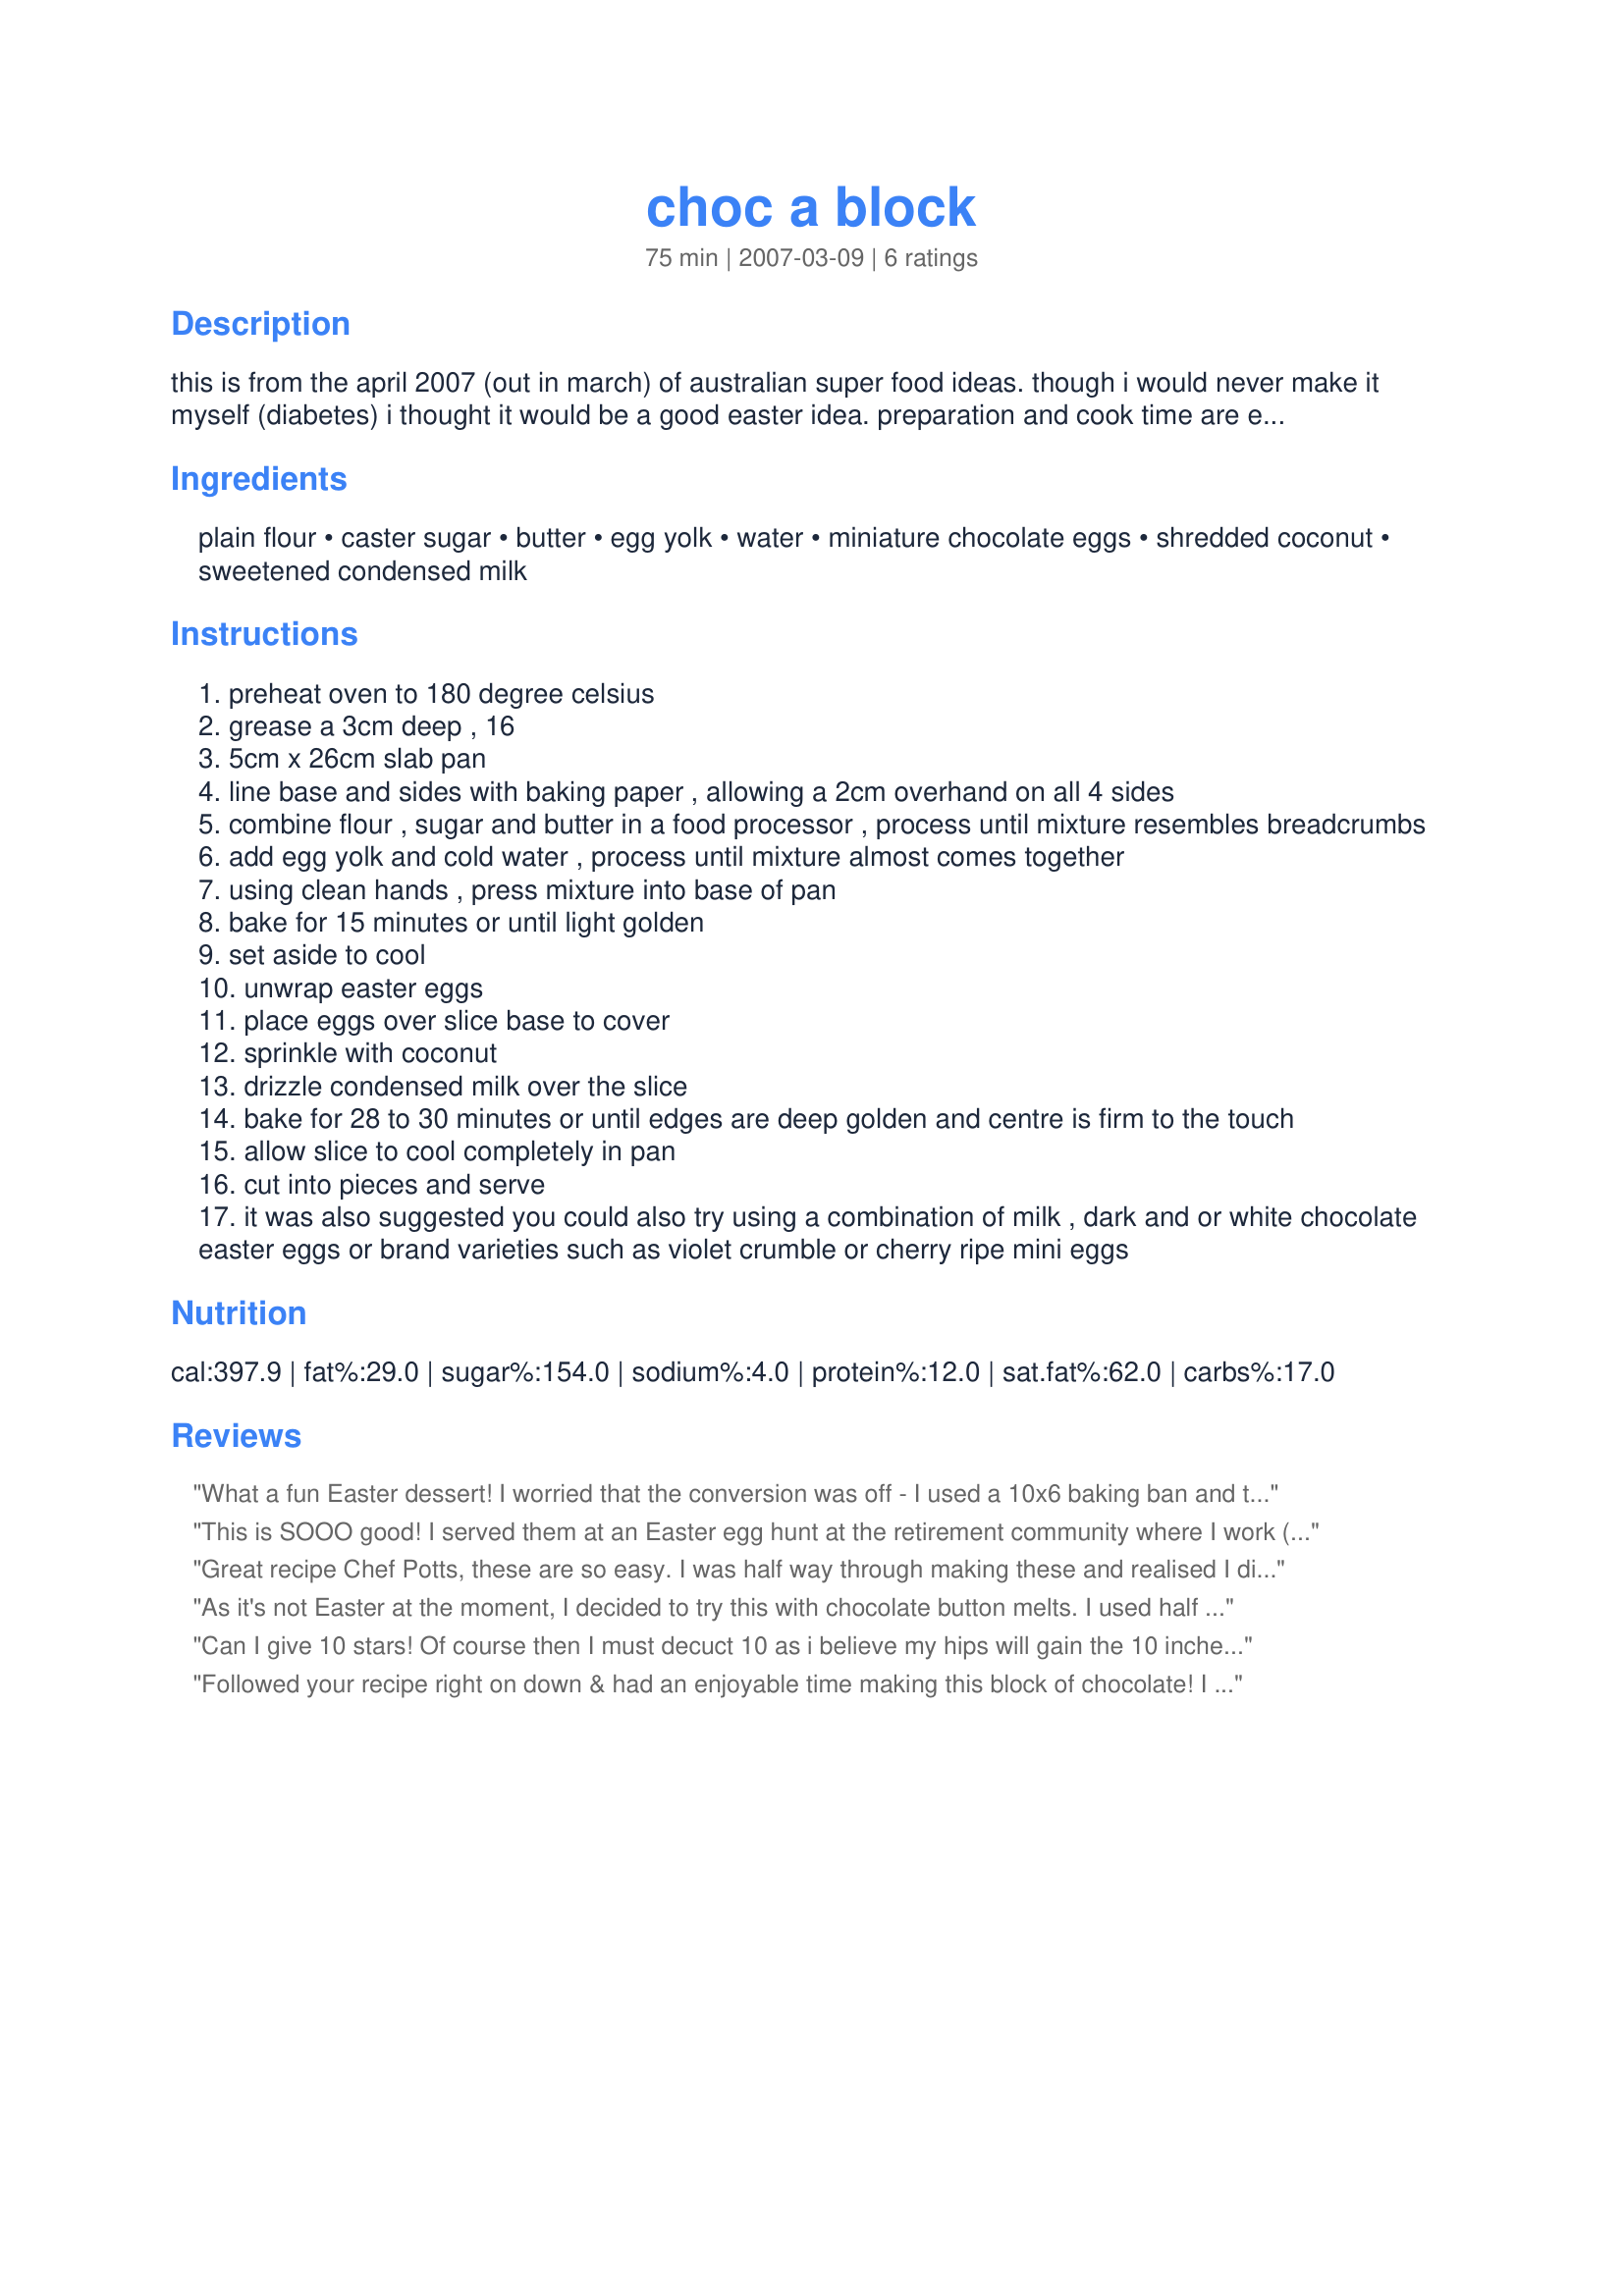
choc a block
Preparation time: 75 minutes

this is from the april 2007 (out in march) of australian super food ideas. though i would never make it myself (diabetes) i thought it would be a good easter idea. preparation and cook time are estimated.

Ingredients:
plain flour, caster sugar, butter, egg yolk, water, miniature chocolate eggs, shredded coconut, sweetened condensed milk

Steps:
preheat oven to 180 degree celsius
grease a 3cm deep , 16
5cm x 26cm slab pan
line base and sides with baking paper , allowing a 2cm overhand on all 4 sides
combine flour , sugar and butter in a food processor , process until mixture resembles breadcrumbs
add egg yolk and cold water , process until mixture almost comes together
using clean hands , press mixture into base of pan
bake for 15 minutes or until light golden
set aside to cool
unwrap easter eggs
place eggs over slice base to cover
sprinkle with coconut
drizzle condensed milk over the slice
bake for 28 to 30 minutes or until edges are deep golden and centre is firm to the touch
allow slice to cool completely in pan
cut into pieces and serve
it was also suggested you could also try using a combination of milk , dark and or white chocolate easter eggs or brand varieties such as violet crumble or cherry ripe mini eggs

Reviews:
What a fun Easter dessert! I worried that the conversion was off - I used a 10x6 baking ban and the crust seemed the right thickness, but I didn't come close to using the specified amount of chocolate eggs or sweetened condensed milk. I cut my bars very small, about 1.5c squares as they are pretty rich with the condensed milk topping. My DH loved 'em!
This is SOOO good! I served them at an Easter egg hunt at the retirement community where I work (yes, an egg hunt for the old folks!) and everyone raved about them and a few even asked for the recipe. I used just the milk chocolate eggs but any kind would be wonderful! I would even like to try it with those pastel candy coated eggs. Yummy! I think you can get 25-30 servings out of it because it's so sweet and decadent, most people wouldn't need a very big piece. UPDATE: I made them again this year! This time I colored the coconut green and used egg-shaped M&Ms (they had them for Easter). They were so cute! Eliminating the unwrapping made this recipe even easier. To color the coconut I just put it in a plastic bag with a couple drops food coloring and shook it for a couple minutes. The bag needs to be big enough so there is plenty of room for the coconut to move around. Thanks!
Great recipe Chef Potts, these are so easy. I was half way through
making these and realised I didnt have enough eggs, so I raided the Easter stash and added some chocolate fruit and nut mix to make up the difference! Everything else was per the recipe and they turned out fantastic. I had trouble with pressing the sticky mixture into the pan, so I wet my hands and that helped so much and worked brilliantly!
These are so rich and yummy, I dont think they will last long at all.
I think this recipe would work so well with flavoured eggs also, so I might try that next time!
A great keeper Chef Potts......
Thanks for another wonderful recipe!
As it's not Easter at the moment, I decided to try this with chocolate button melts. I used half dark chocolate and half white choc buttons. This was SO easy to prepare and the result was a lovely, sticky, decadent slice. Totally yummy! Thanks for the great recipe. :o)
Can I give 10 stars! Of course then I must decuct 10 as i believe my hips will gain the 10 inches. Oh this is lovely. I WAS making this for Christmas packages and thern did a taste test as did the family. Needless to say I need to make quite a bit more as it is just about gone! I did not have "Easter eggs" so use chunk chocolates broken up in place. This is so easy to put tohether and I love the way it looks when done. All gooey and slathered in chocolate. LOL Am making another batch this weekend to REALLY put aside for Christmas baskets. ok 2 batches. DS gf said she will takae a double dose. LOL
Followed your recipe right on down & had an enjoyable time making this block of chocolate! I did, however, cut the pieces pretty small, figuring that anyone who really wanted a mega-hit of chocolate could have several! Thanks for the great idea! [Tagged & made in Please Review My Recipe]
